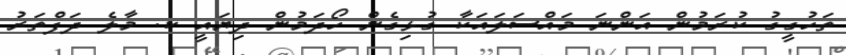
ތަހުގީގު ކުރަމުން އަންނަ މައްސަލައަކާ ގުޅިގެން ހޯދަމުން ދިޔައީ ކ. މާލެ ދަފްތަރު